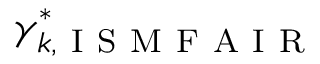
\gamma _ { k , \mathrm { ~ I ~ S ~ M ~ F ~ A ~ I ~ R ~ } } ^ { \ast }